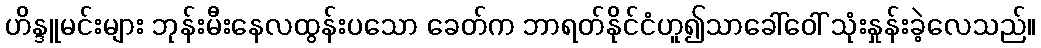
ဟိန္ဒူမင်းများ ဘုန်းမီးနေလထွန်းပသော ခေတ်က ဘာရတ်နိုင်ငံဟူ၍သာခေါ်ဝေါ် သုံးနှုန်းခဲ့လေသည်။